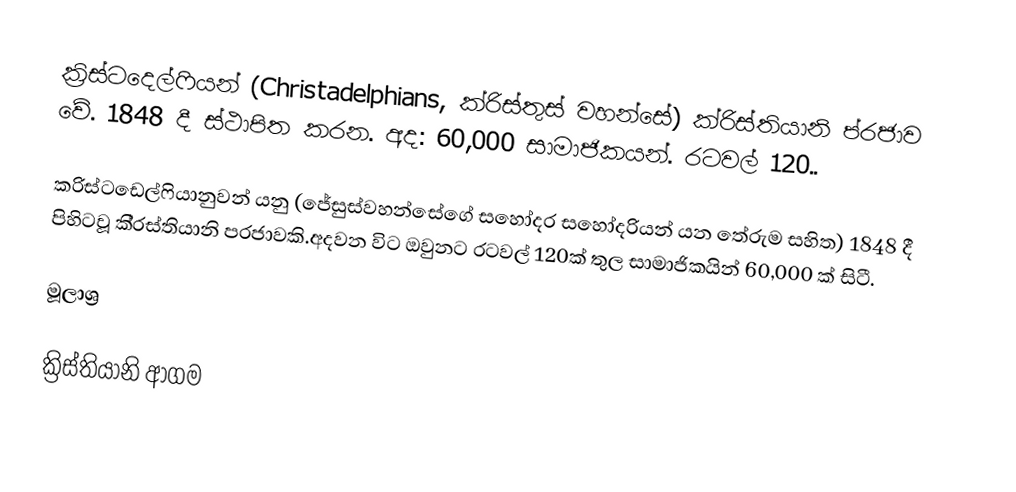
ක්‍රිස්ටදෙල්ෆියන්  (Christadelphians, ක්රිස්තුස් වහන්සේ) ක්රිස්තියානි ප්රජාව වේ. 1848 දී ස්ථාපිත කරන. අද: 60,000 සාමාජිකයන්. රටවල් 120..

ක‍්‍රිස්ටඩෙල්ෆියානුවන් යනු (ජේසුස්වහන්සේගේ සහෝදර සහෝදරියන් යන තේරුම සහිත) 1848 දී පිහිටවූ කි‍්‍රස්තියානි ප‍්‍රජාවකි.අදවන විට ඔවුනට රටවල් 120ක් තුල සාමාජිකයින් 60,000 ක් සිටී.

මූලාශ්‍ර

ක්‍රිස්තියානි ආගම